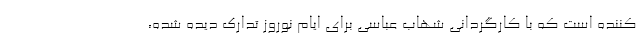
کننده است که با کارگردانی شهاب عباسی برای ایام نوروز تدارک دیده شده،